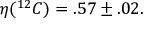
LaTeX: \eta ( ^ { 1 2 } C ) = . 5 7 \pm . 0 2 .